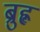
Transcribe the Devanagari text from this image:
ब्रुह्ल